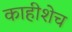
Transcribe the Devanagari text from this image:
काहीशेच